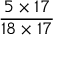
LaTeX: \frac { 5 \times 1 7 } { 1 8 \times 1 7 }